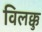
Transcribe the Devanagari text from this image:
विलक्कु